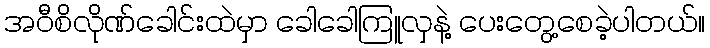
အဝီစိလိုဏ်ခေါင်းထဲမှာ ခေါခေါကြူလှနဲ့ ပေးတွေ့စေခဲ့ပါတယ်။